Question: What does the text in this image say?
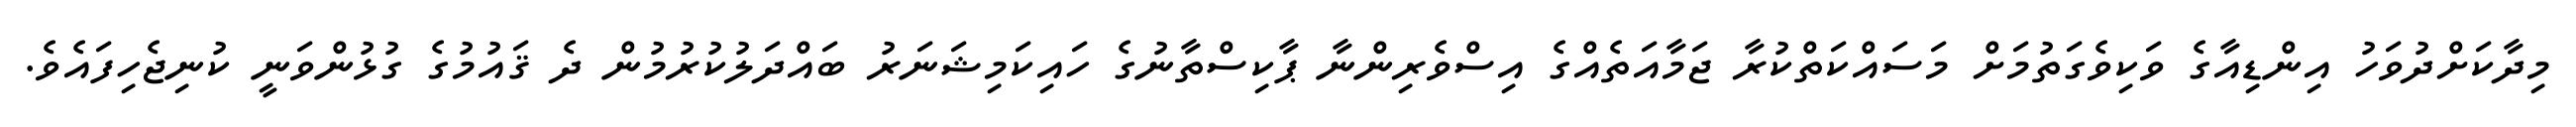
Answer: މިދާކަށްދުވަހު އިންޑިއާގެ ވަކިވެގަތުމަށް މަސައްކަތްކުރާ ޖަމާއަތެއްގެ އިސްވެރިންނާ ޕާކިސްތާނުގެ ހައިކަމިޝަނަރު ބައްދަލުކުރުމުން ދެ ޤައުމުގެ ގުޅުންވަނީ ކުނިޖެހިފައެވެ.